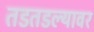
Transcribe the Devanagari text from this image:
तडतडल्यावर